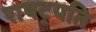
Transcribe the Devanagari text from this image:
राषट्रपति